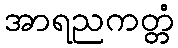
အာရညကတ္တံ